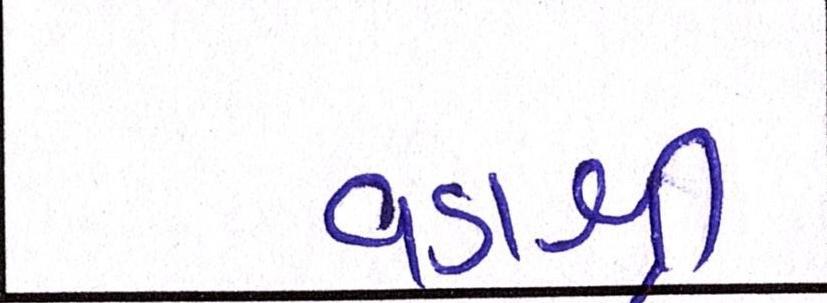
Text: વડાશ્રી